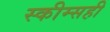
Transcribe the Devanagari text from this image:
स्कीम्सही